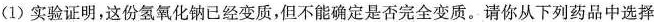
(1)实验证明，这份氢氧化钠已经变质，但不能确定是否完全变质。请你从下列药品中选择